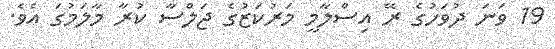
19 ވަނަ ދުވަހުގެ ރޭ އިސްލާމީ މަރުކަޒުގެ ޖަލްސާ ކުރާ މާލަމުގަ އެވެ.